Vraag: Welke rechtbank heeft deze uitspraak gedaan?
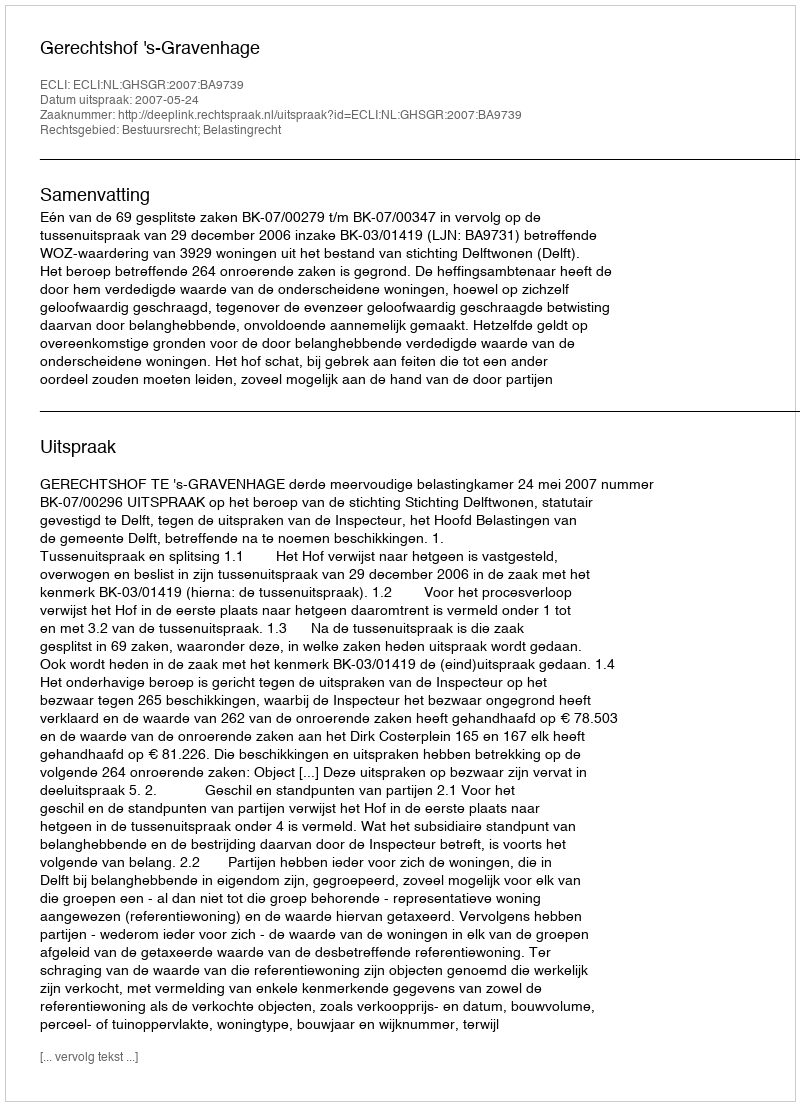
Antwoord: Gerechtshof 's-Gravenhage